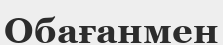
Обағанмен